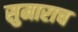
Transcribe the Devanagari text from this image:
सुमाराच